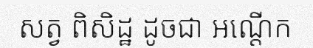
សត្វ ពិសិដ្ឋ ដូចជា អណ្តើក